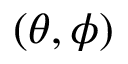
( \theta , \phi )